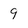
Character: 9